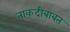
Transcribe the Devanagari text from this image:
ताकदीबाबत